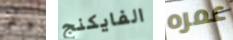
وأتمنى الفايكنج عمره